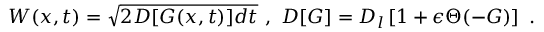
W ( x , t ) = \sqrt { 2 D [ G ( x , t ) ] d t } \ , \ D [ G ] = D _ { l } \left[ 1 + \epsilon \Theta ( - G ) \right] \ .